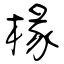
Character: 椽